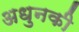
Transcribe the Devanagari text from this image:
अधुनकी